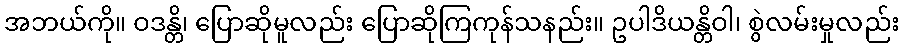
အဘယ်ကို။ ဝဒန္တိ၊ ပြောဆိုမူလည်း ပြောဆိုကြကုန်သနည်း။ ဥပါဒိယန္တိဝါ၊ စွဲလမ်းမှုလည်း